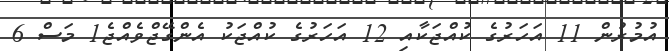
އުމުރުން 11 އަހަރުގެ ކުއްޖަކާއި 12 އަހަރުގެ ކުއްޖަކު އެންގޭޖްވެއްޖެ1 މަސް 6